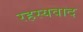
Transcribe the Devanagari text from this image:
रहस्‍यवाद